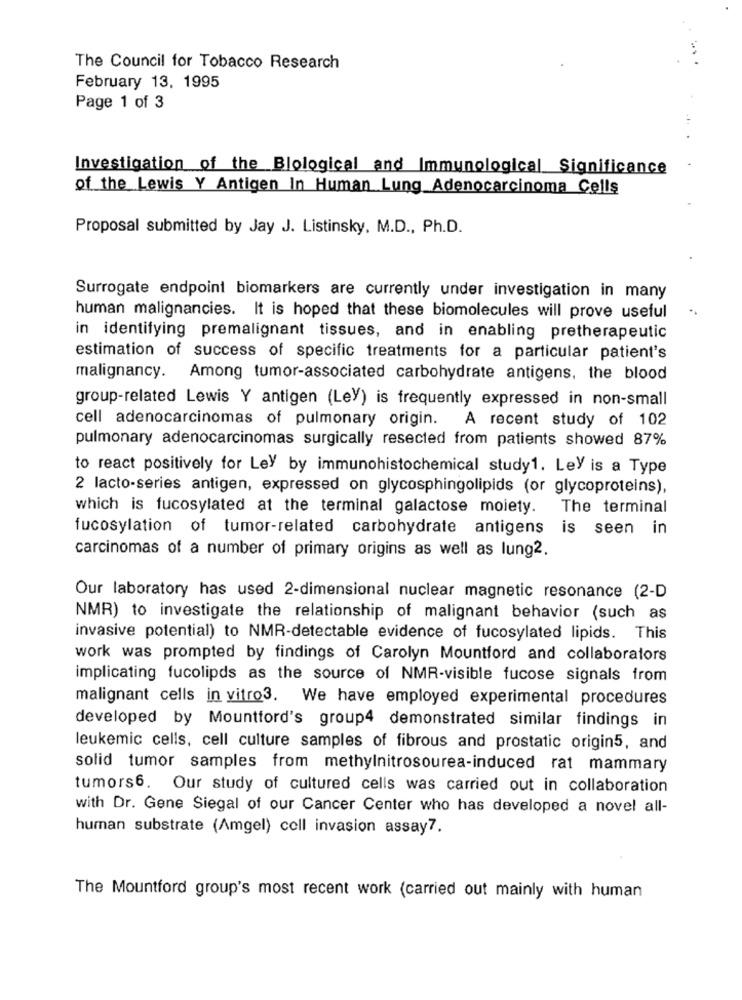
The Council for Tobacco Research
February 13, 1995
Page 1 of 3
Investigation of the Blological and Immunological Significance
of the Lewis Y Antigen In Human Lung_Adenocarcinoma Cells
Proposal submitted by Jay J. Listinsky, M.D ., Ph.D.
Surrogate endpoint biomarkers are currently under investigation in many
human malignancies. It is hoped that these biomolecules will prove useful
in identifying premalignant tissues, and in enabling pretherapeutic
estimation of success of specific treatments for a particular patient's
malignancy. Among tumor-associated carbohydrate antigens, the blood
group-related Lewis Y antigen (Ley) is frequently expressed in non-small
cell adenocarcinomas of pulmonary origin. A recent study of 102
pulmonary adenocarcinomas surgically resected from patients showed 87%
to react positively for Ley by immunohistochemical study1. Ley is a Type
2 lacto-series antigen, expressed on glycosphingolipids (or glycoproteins),
which is fucosylated at the terminal galactose moiety. The terminal
fucosylation of tumor-related carbohydrate antigens is seen in
carcinomas of a number of primary origins as well as lung2.
Our laboratory has used 2-dimensional nuclear magnetic resonance (2-D
NMR) to investigate the relationship of malignant behavior (such as
invasive potential) to NMR-detectable evidence of fucosylated lipids. This
work was prompted by findings of Carolyn Mountford and collaborators
implicating fucolipds as the source of NMR-visible fucose signals from
malignant cells in vitro3. We have employed experimental procedures
developed by Mountford's group4 demonstrated similar findings in
leukemic cells, cell culture samples of fibrous and prostatic origin5, and
solid tumor samples from methylnitrosourea-induced rat mammary
tumors6. Our study of cultured cells was carried out in collaboration
with Dr. Gene Siegal of our Cancer Center who has developed a novel all-
human substrate (Amgel) cell invasion assay7.
The Mountford group's most recent work (carried out mainly with human